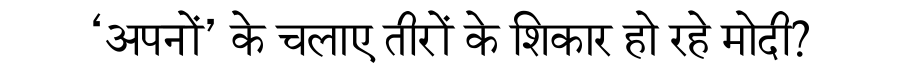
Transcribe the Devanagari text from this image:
‘अपनों’ के चलाए तीरों के शिकार हो रहे मोदी?